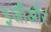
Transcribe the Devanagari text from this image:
३जीऔर